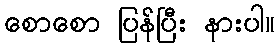
စောစော ပြန်ပြီး နားပါ။